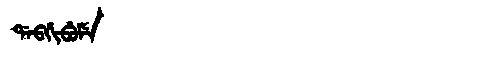
Manchu: ᡩᠠᠪᡤᡳᠪᡠᠮᡝ
Romanization: DABGIBUME